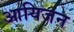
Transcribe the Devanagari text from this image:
आयिजन